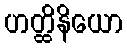
ဟတ္ထိနိယော